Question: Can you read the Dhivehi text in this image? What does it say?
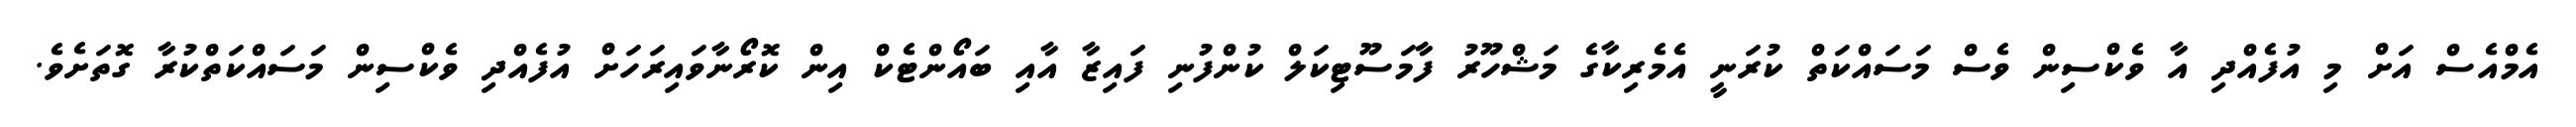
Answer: އެމްއެސް އަށް މި އުފެއްދި އާ ވެކްސިން ވެސް މަސައްކަތް ކުރަނީ އެމެރިކާގެ މަޝްހޫރު ފާމަސޫޓިކަލް ކުންފުނި ފައިޒާ އާއި ބައޯންޓެކް އިން ކޮރޯނާވައިރަހަށް އުފެއްދި ވެކްސިން މަސައްކަތްކުރާ ގޮތަށެވެ.